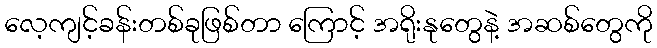
လေ့ကျင့်ခန်းတစ်ခုဖြစ်တာ ကြောင့် အရိုးနုတွေနဲ့ အဆစ်တွေကို